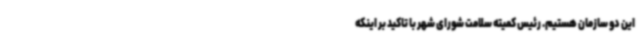
این دو سازمان هستیم. رئیس کمیته سلامت شورای شهر با تاکید بر اینکه